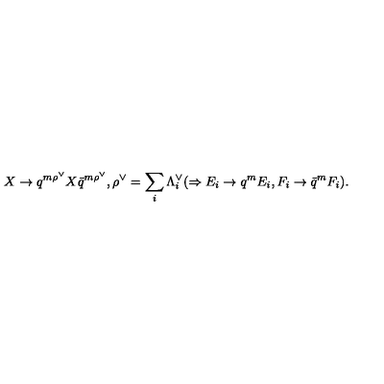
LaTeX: X \to q ^ { m { \rho } ^ { \vee } } X { \bar { q } } ^ { m { \rho } ^ { \vee } } , { \rho } ^ { \vee } = \sum _ { i } { \Lambda } _ { i } ^ { \vee } ( \Rightarrow E _ { i } \to q ^ { m } E _ { i } , F _ { i } \to { \bar { q } } ^ { m } F _ { i } ) .